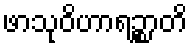
ဖာသုဝိဟာရဉ္စာတိ